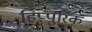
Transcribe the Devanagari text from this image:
हिप्पुरिक